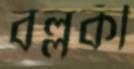
বল্লকী